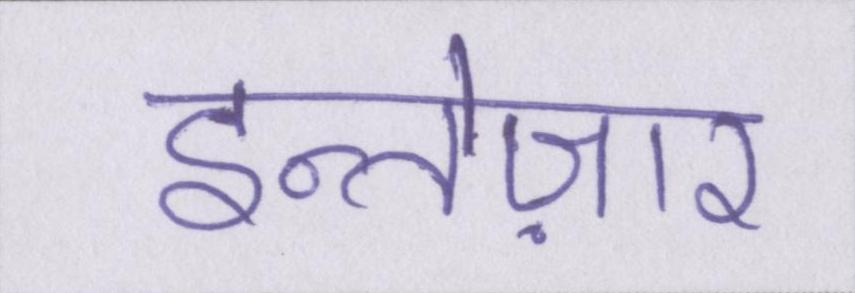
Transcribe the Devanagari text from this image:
इन्तेज़ार